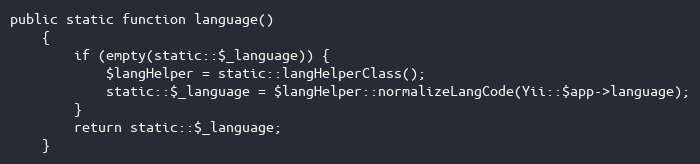
Language: PHP
public static function language()
    {
        if (empty(static::$_language)) {
            $langHelper = static::langHelperClass();
            static::$_language = $langHelper::normalizeLangCode(Yii::$app->language);
        }
        return static::$_language;
    }